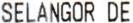
SELANGOR DE